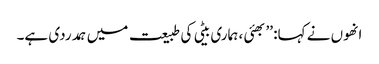
انھوں نے کہا: ’’بھئی ، ہماری بیٹی کی طبیعت میں ہمدردی ہے۔